Medical and sanitary report of the native army of Bengal for the year
Year: 1875
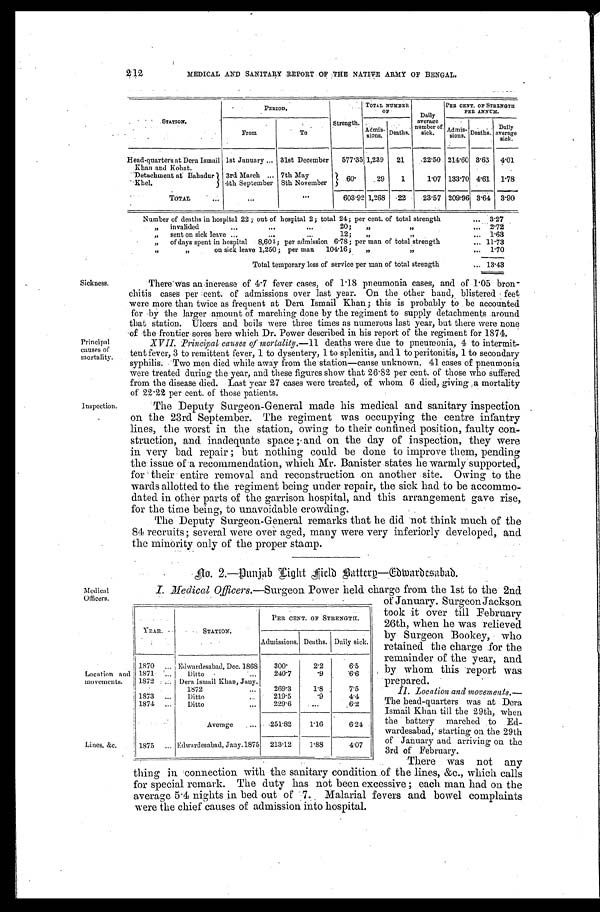
212
MEDICAL AND SANITARY REPORT OF THE NATIVE ARMY OF BENGAL.
PER.I0D,
TOTAL NUMBER
OP
Daily
average
number of.
sick.
•22.50
Pan OENT.OPSTERNGTH
PER ANNVII.
.
'
STATION
.
'
From
..
To
Strength. .
- Admia-
.
lions, Deaths.
577'35 1,239
21
• -
„,,—„..
7101. 1s°.
. . _
Deaths.
Daily
average
sick.
.
.
1st January ... 31st December
Head-quarters at. Dora Ismail
214'60 3.63 4'01
Khan and Kohat.
'Detachment at liahadur 3rd March ... 7th May
1 60'
29
1
1'07 133'70 4.61 1.78
' .Khel.
j 4th September 8th November
_
TOTAL
. •••
...
•••
603.92 1,268 I -22
23.57 209796 3.6 .
4 3.90
Number of deaths in hospital 22 ;• out of hospital 2; total 24; per cent, of total strength
.
3.27
„ invalided
•..
...
".
20;
„
”
... 2'72
„
sent on sick leave...
„ of days spent in hospital
12;
„
".
...
,,
8,601. ; per admission 6.78 ; per man of total strength
... 1.63
... 11.73
.
,.,
on sick leave 1,250 ; per man 104.16;
„
$)
... 110
Total temporary loss of service per man of total strength
.., 13.43
Sickness.
There wasan increase of 4'7 fever cases, of 1-18 pneumonia cases, and of • 1 . 05 brow-.
chitis cases per : cent. of admissions over last year. On the other hand, blistered • feet
- were more than twice as frequent at Dera Ismail Khan; . this is probably to be accounted
for •bY the larger •amount of marching done by the regiment to supply detachments .around
that 'station. Ulcers and boils were three times as numerous last .year, but there were none
'of the , frontier•sores• here which Dr. Power described in his report of the regiment for 1874. •
Principal
XTUT. Principal causes of mortality
deaths were due to pneumonia, 4 to intermit-
causes of
tent fever, 3 to remittent fever, 1 to dysentery, 1 to splenitis, and 1 to peritonitis, 1 to secondary
mortality.
•
syphilis. • • Two men died while away from the station—cause unknown. 41 cases of pneumonia
were treated during the year, and these figures show that 26 . 82 per cent. of those who suffered
from the disease died. • Last year 27 cases were treated, of whom 6 .died,. giving ,a mortality
of 22-22 per cent. of those patients.
Inspection.
The Deputy Surgeon-General made his medical and sanitary inspection ,
on the 23rd September. The regiment was occupying the centre infantry
lines, the worst in the station, • owing to their confined position, faulty con,
struction, and inadequate space ; ,.and on the day of inspection, they were
ill very bad repair ; but nothing could be done to improve them, pending
the issue of •a recommendation, which Mr. Banister .states lie warmly-supported,
for' their- entire removal and reconstruction .on another :.site. •Owing to the
wards allotted to the regiment being under repair, the sick had to be accommo-
dated in other parts of the garrison hospital, and this arrangement gave rise,
for the time being, to unavoidable crowding.
The Deputy - Surgeon-General remarks that he did • not think much of the
84 recruits; several were over aged, many were very inferiorly- developed, and
the minority only of the proper stamp.
Afeclical
Officers.
Location and
movements.
Lines, &c.
Light
Field Battery—Edvardsabad.
I. M edical Officers.'— .
-Surgeon Power held: charge from the 1st to the . 2nd
of January. Surgeon Jackson
took -it over till February
26th, when he was relieved
by• Surgeon 'Bookey, who
retained the charge for the
remainder of the year, and.
by whom this report was
-prepared. •
IL Location and moveme2z1s.—
The bead-quarters was • at Dera
Ismail Khan till the 29th, when
the • battery marched to Ed-
wardesabad, • starting on the 29th
of January and arriving on the
3rd of February.
'There was not any
thing in 'connection with--the sanitary condition..of the lines, &c., which calls
for special remark. The duty has not been excessive ; each. man had on the
average 5 . 4 nights . in bed out of _ Malarial fevers and bowel complaints
•
were the chief causes of admission into hospital.
I
YEAR.
STATION.
PER CENT. OF STRENGTH.
Admissions, Deaths. Daily sick.
1 1870 ...
1871 ....
Edwardesabad, Dec. 1868
I Ditto •
...
300'
240'7
2'2
'9
6'5
6.6
1872 . ... Dera Ismail Khan, Jany.
1872
...
269 .3
1.8
•
7.5
1 1873
..
Ditto
219.5
'9
4.4
1874 • • •
Ditto
...
229'6
....
. 6'2
-251.82
1.16
6.24
Average
1875 ... Edwardesabad, Jany. 1875 213-12
1'88
4'07